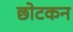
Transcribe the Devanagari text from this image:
छोटकन